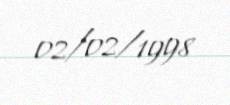
02/02/1998